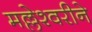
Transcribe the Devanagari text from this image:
मल्लेश्वरीने